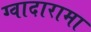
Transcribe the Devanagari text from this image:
ग्वादारामा